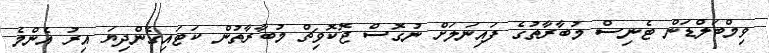
ވިމްބަލްޑަން ޓެނިސް މުބާރާތުގެ ފައިނަލަށް ނުގޮސް ޖޮކޮވިޗް މުބާރާތުން ކަޓައިގެންދިޔަ އިރު އެންމެ